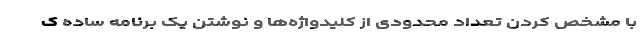
با مشخص کردن تعداد محدودی از کلیدواژه‌ها و نوشتن یک برنامه ساده ک